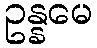
ဥန္နမေ